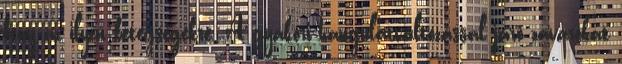
fény az ilyen betegségekre. A gyakori hangulatváltozással járó zavarokat